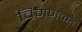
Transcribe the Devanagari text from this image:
चिमणकर